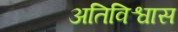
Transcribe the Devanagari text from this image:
अतिविश्वास